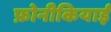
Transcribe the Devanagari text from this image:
फ़ोनीकियाई